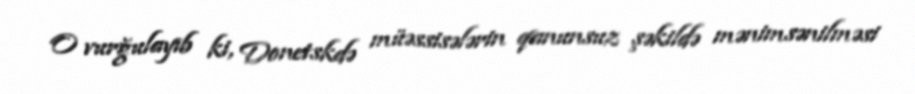
O vurğulayıb ki, Donetskdə müəssisələrin qanunsuz şəkildə mənimsənilməsi